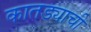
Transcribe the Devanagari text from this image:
कातड्याची